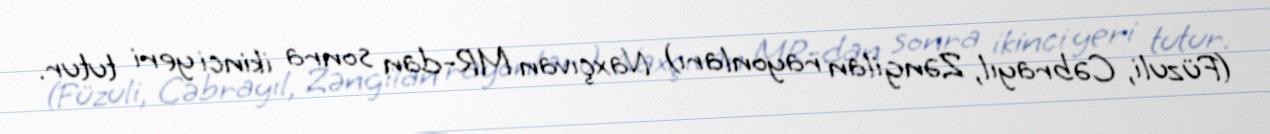
(Füzuli, Cəbrayıl, Zəngilan rayonları) Naxçıvan MR-dan sonra ikinci yeri tutur.